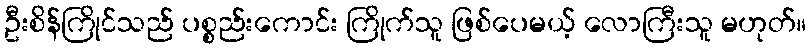
ဦးစိန်ကြိုင်သည် ပစ္စည်းကောင်း ကြိုက်သူ ဖြစ်ပေမယ့် လောကြီးသူ မဟုတ်။